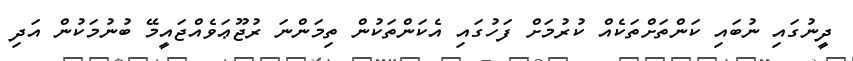
ދީނުގައި ނުބައި ކަންތަށްތަކެއް ކުރުމަށް ފަހުގައި އެކަންތަކުން ތިމަންނަ ރުޖޫޢަވެއްޖައީމޭ ބުނުމަކުން އަދި